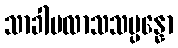
သာခါပလာသသမ္ပန္နော